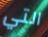
التي